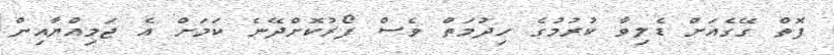
ފޮތް ގޭގެއަށް ޑެލިވާ ކުރުމުގެ ހިދުމަތް ވެސް ފޯރުކޮށްދޭނެ ކަމަށް އެ ޖަމިއްޔާއިން